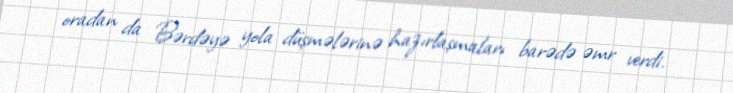
oradan da Bərdəyə yola düşmələrinə hazırlaşmaları barədə əmr verdi.